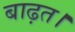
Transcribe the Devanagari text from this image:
बाढ़त।